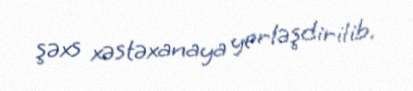
şəxs xəstəxanaya yerləşdirilib.